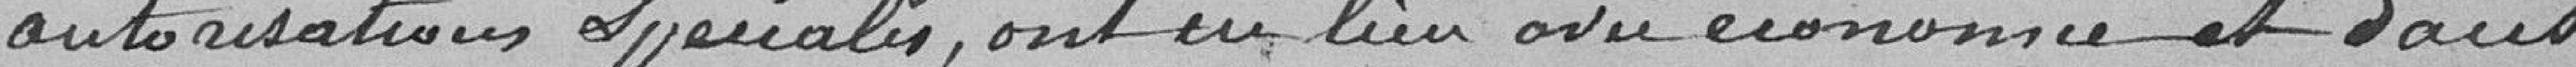
autorisations spéciales, ont eu lieu avec économie et dans